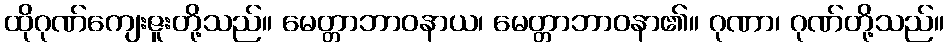
ထိုဂုဏ်ကျေးဇူးတို့သည်။ မေတ္တာဘာဝနာယ၊ မေတ္တာဘာဝနာ၏။ ဂုဏာ၊ ဂုဏ်တို့သည်။